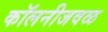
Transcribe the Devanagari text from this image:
कॉलनीजवळ